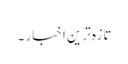
تازہ ترین اخبار ۔